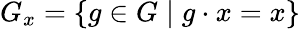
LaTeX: G_{x}=\{ g\in G\mid g\cdot x=x\}